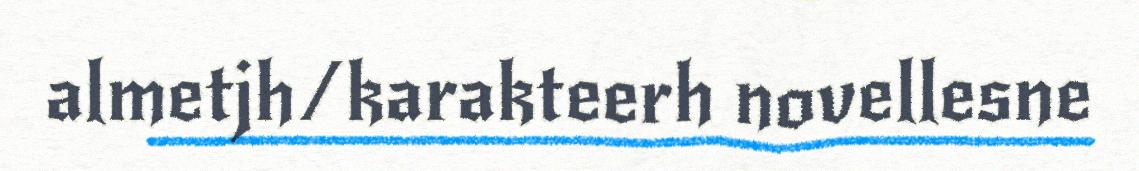
almetjh/karakteerh novellesne